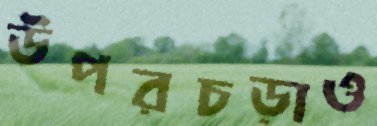
উপরচড়াও